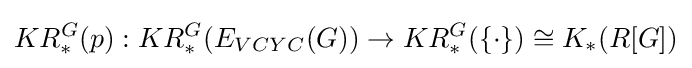
KR_{*}^{G}(p):KR_{*}^{G}(E_{VCYC}(G))\rightarrow KR_{*}^{G}(\{\cdot \})\cong K_{*}(R[G])